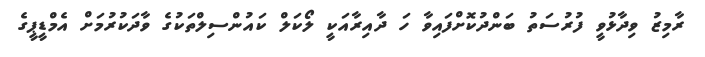
ރާމިޒު ވިދާޅުވީ ފުރުސަތު ބަންދުކޮށްފައިވާ ހަ ދާއިރާއަކީ ލޯކަލް ކައުންސިލްތަކުގެ ވާދަކުރުމަށް އެމްޑީޕީގެ